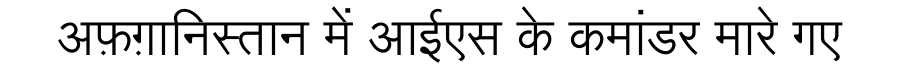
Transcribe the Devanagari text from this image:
अफ़ग़ानिस्तान में आईएस के कमांडर मारे गए